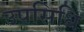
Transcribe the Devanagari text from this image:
उपसिधि